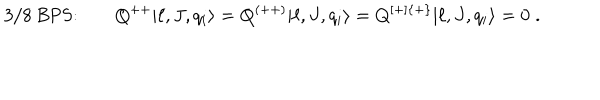
\mathrm { 3 / 8 ~ B P S : } \qquad Q ^ { + + } | \ell , J , q _ { i } \rangle = Q ^ { ( + + ) } | \ell , J , q _ { i } \rangle = Q ^ { [ + ] \{ + \} } | \ell , J , q _ { i } \rangle = 0 \; .